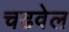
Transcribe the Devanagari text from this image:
चढवेल